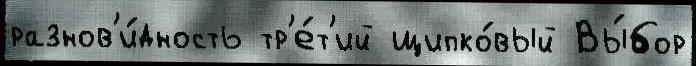
разнов'и́дность тр'е́т'ий щипко́вый Вы́бор